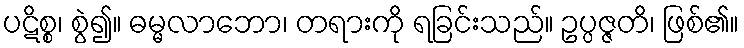
ပဋိစ္စ၊ စွဲ၍။ ဓမ္မလာဘော၊ တရားကို ရခြင်းသည်။ ဥပ္ပဇ္ဇတိ၊ ဖြစ်၏။